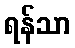
ရန်သာ